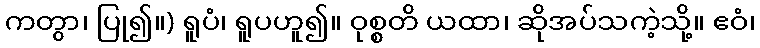
ကတွာ၊ ပြု၍။) ရူပံ၊ ရူပဟူ၍။ ဝုစ္စတိ ယထာ၊ ဆိုအပ်သကဲ့သို့။ ဧဝံ၊